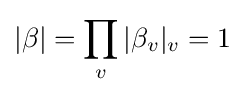
|\beta |=\prod _{v}|\beta _{v}|_{v}=1